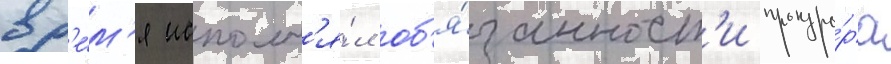
вр'е́м'я исполн'я́л об'я́занност'и прокуро́ра